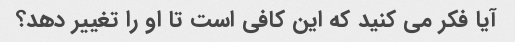
آیا فکر می کنید که این کافی است تا او را تغییر دهد؟